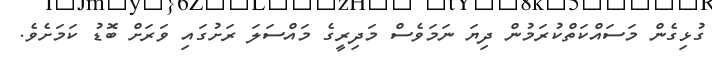
ގުޅިގެން މަސައްކަތްކުރަމުން ދިޔަ ނަމަވެސް މަދިރީގެ މައްސަލަ ރަށުގައި ވަރަށް ބޮޑު ކަމަށެވެ.